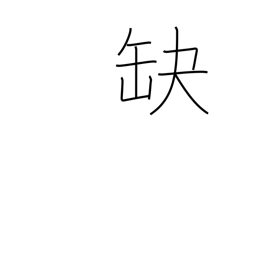
Meaning: fail